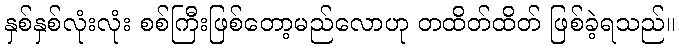
နှစ်နှစ်လုံးလုံး စစ်ကြီးဖြစ်တော့မည်လောဟု တထိတ်ထိတ် ဖြစ်ခဲ့ရသည်။